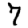
Digit: 7